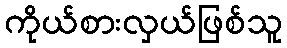
ကိုယ်စားလှယ်ဖြစ်သူ